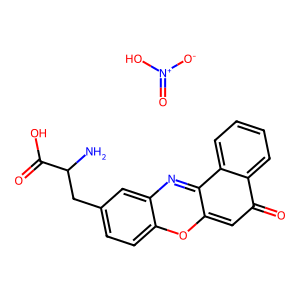
SMILES: NC(Cc1ccc2oc3cc(=O)c4ccccc4c-3nc2c1)C(=O)O.O=[N+]([O-])O
Inhibits HIV replication: No